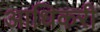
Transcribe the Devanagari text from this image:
आधिकरी